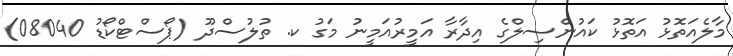
މާލެއަތޮޅު އަތޮޅު ކައުންސިލްގެ އިދާރާ އަމީރުއަމީނު މަގު ކ. ތުލުސްދޫ (ޕޯސްޓްކޯޑު 08040)